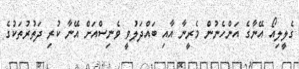
ގެލީލިއޯ އޭނާގެ އަންހެނުން މެރީނާ އާއި ބައްދަލުވީ ވެނިސްއަށް އޭނާ ކުރި ދަތުރުތަކުގެ